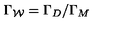
\Gamma _ { \cal W } = \Gamma _ { D } / \Gamma _ { M }